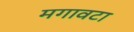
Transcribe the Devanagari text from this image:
मगावटा